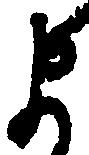
よ